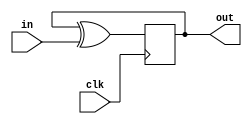
module D_G (
    input clk,
    input in, 
    output reg out);
    
    always @(posedge clk) begin
        //out =0;
        out <= out ^ in;
    end
    
endmodule